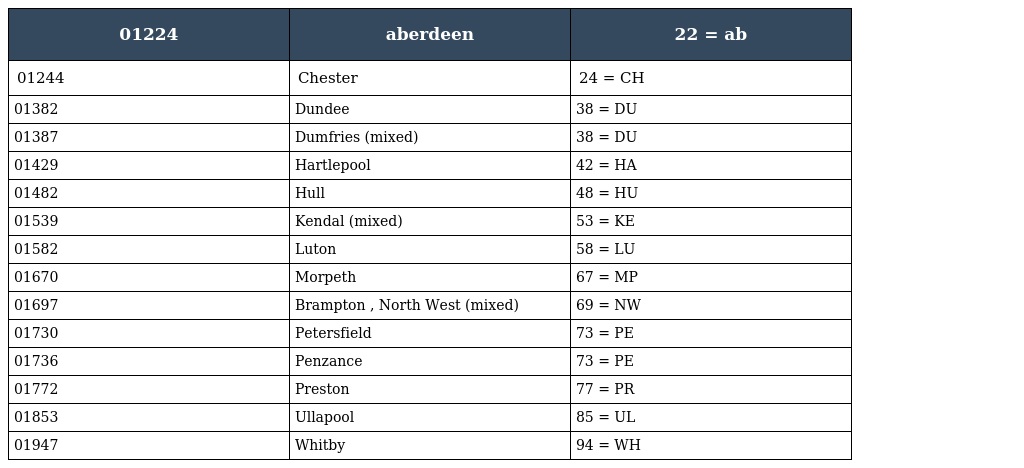
| 01224 | aberdeen | 22 = ab |
 | --- | --- | --- |
 | 01244 | Chester | 24 = CH |
 | 01382 | Dundee | 38 = DU |
 | 01387 | Dumfries (mixed) | 38 = DU |
 | 01429 | Hartlepool | 42 = HA |
 | 01482 | Hull | 48 = HU |
 | 01539 | Kendal (mixed) | 53 = KE |
 | 01582 | Luton | 58 = LU |
 | 01670 | Morpeth | 67 = MP |
 | 01697 | Brampton , North West (mixed) | 69 = NW |
 | 01730 | Petersfield | 73 = PE |
 | 01736 | Penzance | 73 = PE |
 | 01772 | Preston | 77 = PR |
 | 01853 | Ullapool | 85 = UL |
 | 01947 | Whitby | 94 = WH |